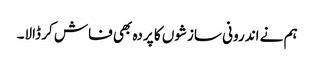
ہم نے اندرونی سازشوں کا پردہ بھی فاش کر ڈالا۔